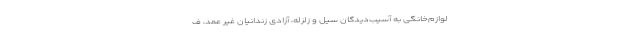
لوازم‌خانگی به آسیب‌دیدگان سیل و زلزله، آزادی زندانیان غیر عمد، ف